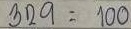
329 = 100